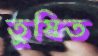
তুষিত